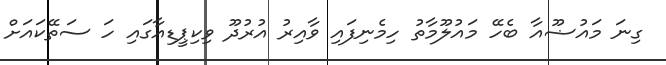
ގިނަ މައުޟޫއާ ބެހޭ މައުލޫމާތު ހިމެނިފައި ވާއިރު އުރުދޫ ވިކިޕީޑިއާގައި ހަ ސަތޭކައަށް